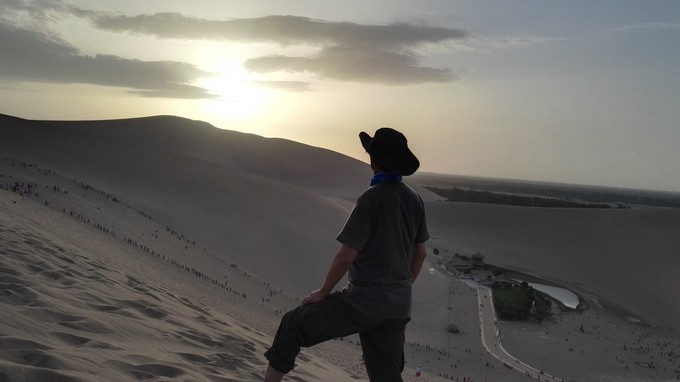
人言落日是天涯，望极天涯不见家。